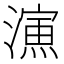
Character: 𣿶